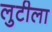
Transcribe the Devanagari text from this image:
लुटीला